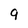
Character: 9